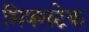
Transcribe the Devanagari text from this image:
मिक्सटेक